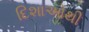
દિશાઓથી